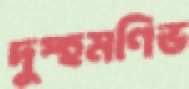
দুস্হমণিভ